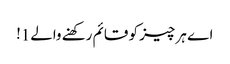
اے ہر چیز کو قائم رکھنے والے1!